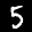
Label: 5